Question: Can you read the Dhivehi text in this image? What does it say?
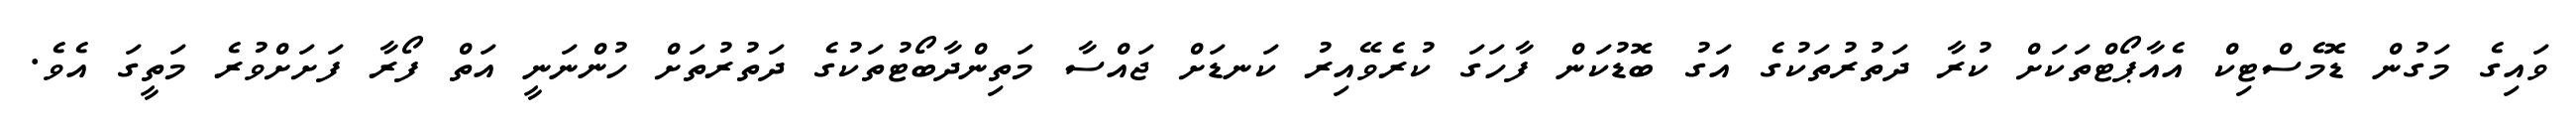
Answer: ވައިގެ މަގުން ޑޮމެސްޓިކް އެއާޕޯޓްތަކަށް ކުރާ ދަތުރުތަކުގެ އަގު ބޮޑުކަން ފާހަގަ ކުރެވޭއިރު ކަނޑަށް ޖައްސާ މަތިންދާބޯޓުތަކުގެ ދަތުރުތަށް ހުންނަނީ އަތް ފޯރާ ފަށަށްވުރެ މަތީގަ އެވެ.